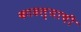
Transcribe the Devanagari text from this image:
काढल्याची